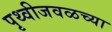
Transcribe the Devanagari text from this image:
पृथ्वीजवळच्या